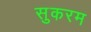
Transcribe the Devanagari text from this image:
सुकरम